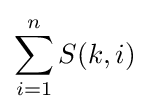
\sum _{i=1}^{n}S(k,i)